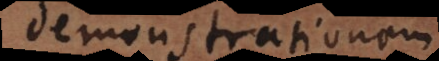
demonstrationem